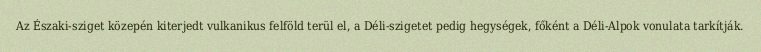
Az Északi-sziget közepén kiterjedt vulkanikus felföld terül el, a Déli-szigetet pedig hegységek, főként a Déli-Alpok vonulata tarkítják.